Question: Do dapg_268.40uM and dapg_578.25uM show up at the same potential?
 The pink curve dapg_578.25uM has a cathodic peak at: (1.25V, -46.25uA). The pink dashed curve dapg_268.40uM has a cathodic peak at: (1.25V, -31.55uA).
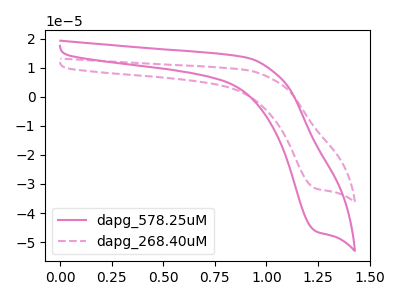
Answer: <think>All the peaks in "dapg_268.40uM" have a peak in "dapg_578.25uM" at the same potential. Every peak in "dapg_268.40uM" is lower than every peak in "dapg_578.25uM".
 </think>
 <answer>"dapg_268.40uM" and "dapg_578.25uM" are similar in shape.</answer>
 <eval>same_shape</eval>